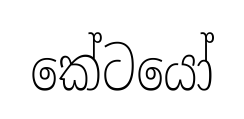
කේටයෝ